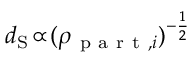
d _ { \mathrm { S } } \! \propto \! ( \rho _ { \mathrm { ~ p ~ a ~ r ~ t ~ } , i } ) ^ { - \frac { 1 } { 2 } }